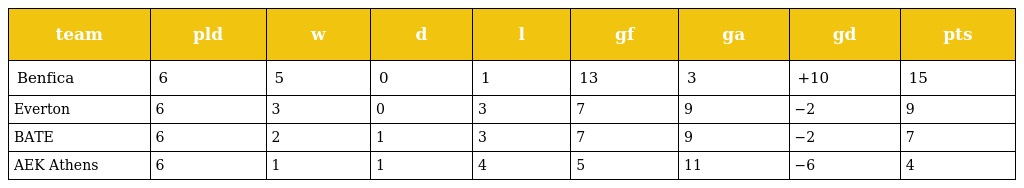
| team | pld | w | d | l | gf | ga | gd | pts |
 | --- | --- | --- | --- | --- | --- | --- | --- | --- |
 | Benfica | 6 | 5 | 0 | 1 | 13 | 3 | +10 | 15 |
 | Everton | 6 | 3 | 0 | 3 | 7 | 9 | −2 | 9 |
 | BATE | 6 | 2 | 1 | 3 | 7 | 9 | −2 | 7 |
 | AEK Athens | 6 | 1 | 1 | 4 | 5 | 11 | −6 | 4 |